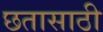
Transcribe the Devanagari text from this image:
छतासाठी